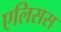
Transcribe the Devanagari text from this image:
एलिसस